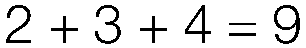
2 + 3 + 4 = 9